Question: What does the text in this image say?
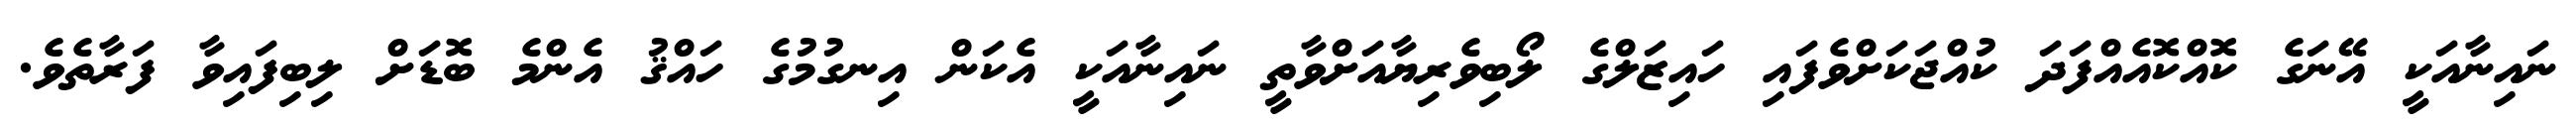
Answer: ނައިނާއަކީ އޭނަގެ ކޮއްކޮއެއްފަދަ ކުއްޖަކަށްވެފައި ހައިޒަލްގެ ލޯބިވެރިޔާއަށްވާތީ ނައިނާއަކީ އެކަން އިނގުމުގެ ހައްޤު އެންމެ ބޮޑަށް ލިބިފައިވާ ފަރާތެވެ.